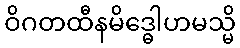
ဝိဂတထီနမိဒ္ဓေါဟမသ္မိ